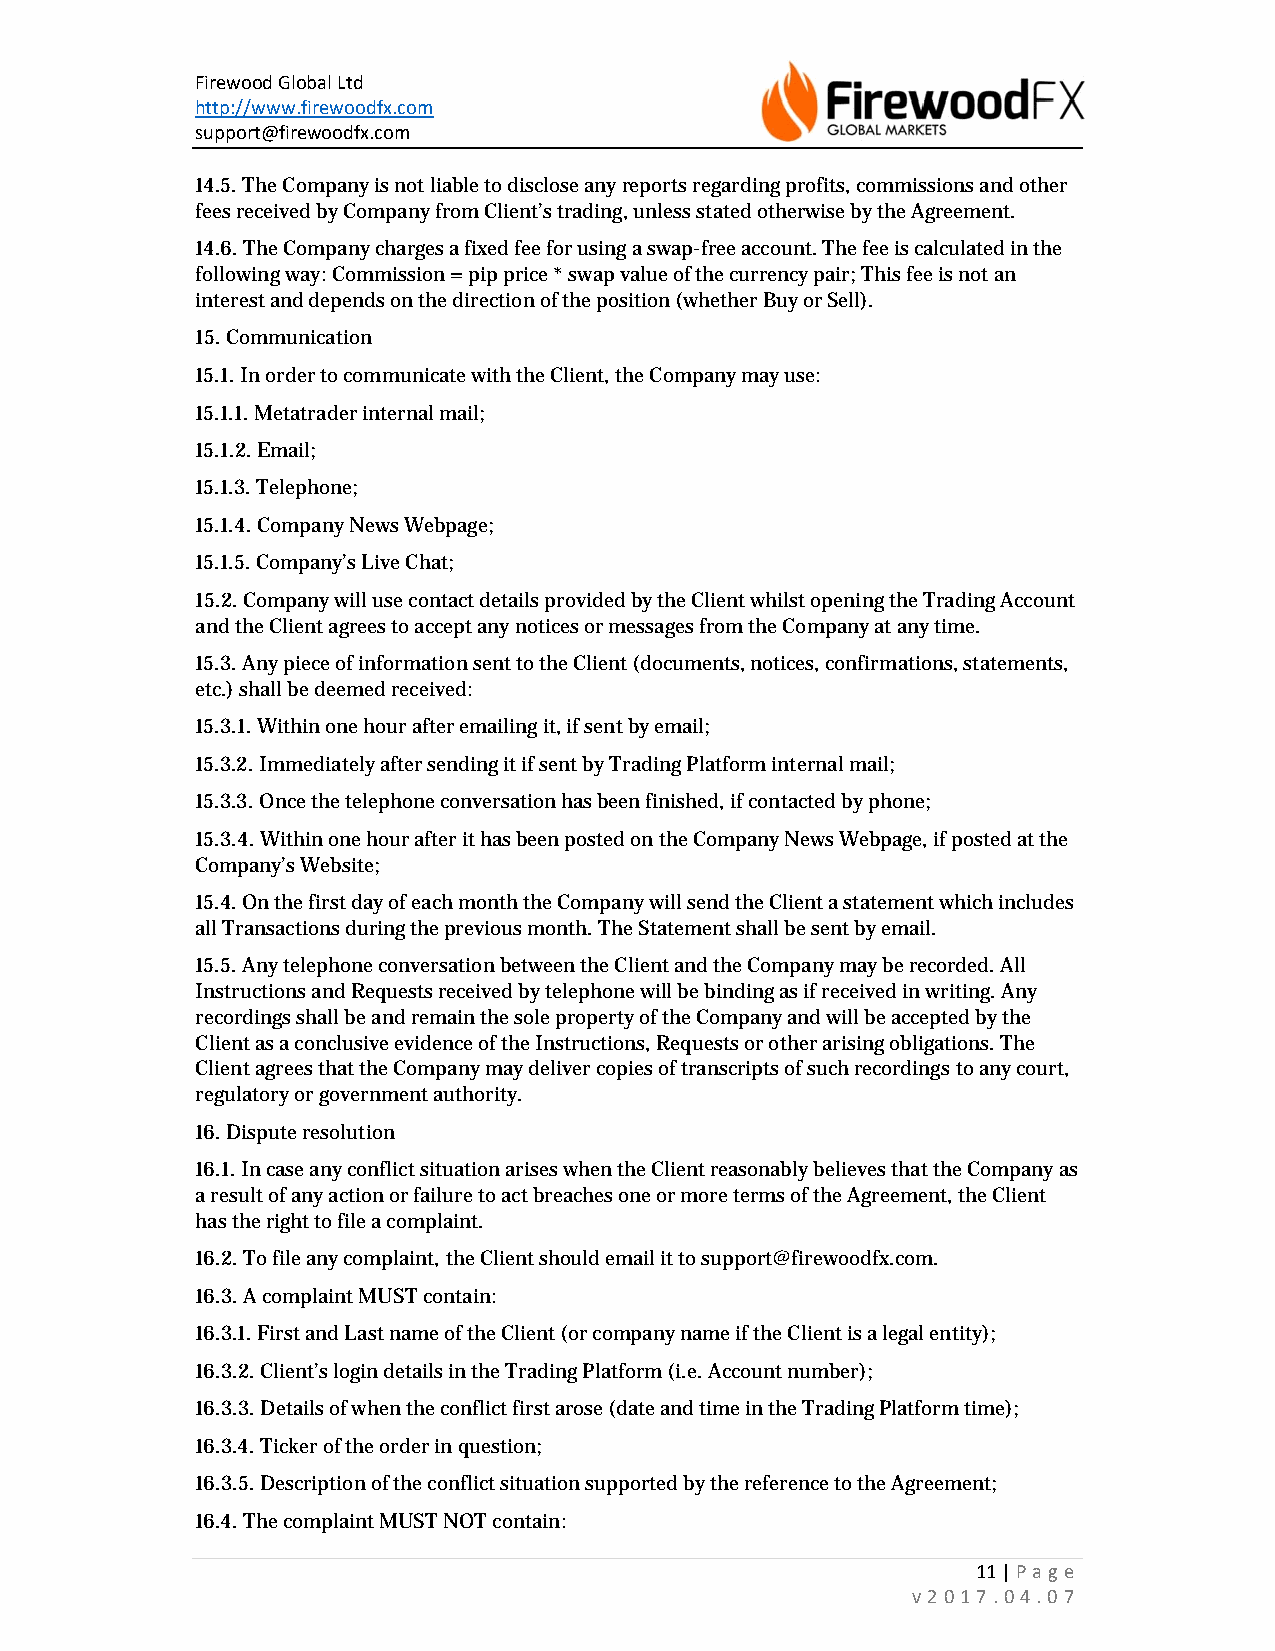
Firewood Global Ltd
 http://www.firewoodfx.com
 support@firewoodfx.com
 14.5. The Company is not liable to disclose any reports regarding profits, commissions and other
 fees received by Company from Client’s trading, unless stated otherwise by the Agreement.
 14.6. The Company charges a fixed fee for using a swap-free account. The fee is calculated in the
 following way: Commission = pip price * swap value of the currency pair; This fee is not an
 interest and depends on the direction of the position (whether Buy or Sell).
 15. Communication
 15.1. In order to communicate with the Client, the Company may use:
 15.1.1. Metatrader internal mail;
 15.1.2. Email;
 15.1.3. Telephone;
 15.1.4. Company News Webpage;
 15.1.5. Company’s Live Chat;
 15.2. Company will use contact details provided by the Client whilst opening the Trading Account
 and the Client agrees to accept any notices or messages from the Company at any time.
 15.3. Any piece of information sent to the Client (documents, notices, confirmations, statements,
 etc.) shall be deemed received:
 15.3.1. Within one hour after emailing it, if sent by email;
 15.3.2. Immediately after sending it if sent by Trading Platform internal mail;
 15.3.3. Once the telephone conversation has been finished, if contacted by phone;
 15.3.4. Within one hour after it has been posted on the Company News Webpage, if posted at the
 Company’s Website;
 15.4. On the first day of each month the Company will send the Client a statement which includes
 all Transactions during the previous month. The Statement shall be sent by email.
 15.5. Any telephone conversation between the Client and the Company may be recorded. All
 Instructions and Requests received by telephone will be binding as if received in writing. Any
 recordings shall be and remain the sole property of the Company and will be accepted by the
 Client as a conclusive evidence of the Instructions, Requests or other arising obligations. The
 Client agrees that the Company may deliver copies of transcripts of such recordings to any court,
 regulatory or government authority.
 16. Dispute resolution
 16.1. In case any conflict situation arises when the Client reasonably believes that the Company as
 a result of any action or failure to act breaches one or more terms of the Agreement, the Client
 has the right to file a complaint.
 16.2. To file any complaint, the Client should email it to support@firewoodfx.com.
 16.3. A complaint MUST contain:
 16.3.1. First and Last name of the Client (or company name if the Client is a legal entity);
 16.3.2. Client’s login details in the Trading Platform (i.e. Account number);
 16.3.3. Details of when the conflict first arose (date and time in the Trading Platform time);
 16.3.4. Ticker of the order in question;
 16.3.5. Description of the conflict situation supported by the reference to the Agreement;
 16.4. The complaint MUST NOT contain:
 11 | Page
 v2017.04.07